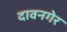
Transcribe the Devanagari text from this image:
दावनगेर